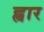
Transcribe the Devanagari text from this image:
ह्वार